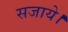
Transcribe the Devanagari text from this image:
सजाये।